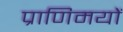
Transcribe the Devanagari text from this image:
प्राणिमयों